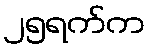
၂၅ရက်က